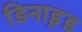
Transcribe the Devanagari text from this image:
डिनाइ़ड